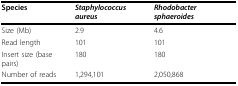
<table><thead><tr><td><b>Species</b></td><td><b><i>Staphylococcus aureus</i></b></td><td><b><i>Rhodobacter sphaeroides</i></b></td></tr></thead><tbody><tr><td>Size (Mb)</td><td>2.9</td><td>4.6</td></tr><tr><td>Read length</td><td>101</td><td>101</td></tr><tr><td>Insert size (base pairs)</td><td>180</td><td>180</td></tr><tr><td>Number of reads</td><td>1,294,101</td><td>2,050,868</td></tr></tbody></table>